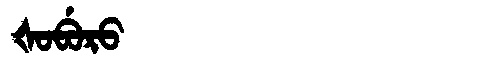
Manchu: ᡧᠣᠪᡠᡵᠣ
Romanization: ŠOBURO